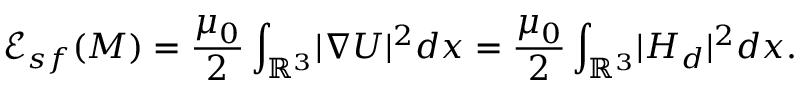
{ \mathscr E } _ { s f } ( { M } ) = \frac { \mu _ { 0 } } { 2 } \int _ { { \mathbb R } ^ { 3 } } \! | \nabla U | ^ { 2 } d x = \frac { \mu _ { 0 } } { 2 } \int _ { { \mathbb R } ^ { 3 } } \! | { H } _ { d } | ^ { 2 } d x .